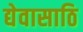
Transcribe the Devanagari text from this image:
द्येवासाठि